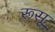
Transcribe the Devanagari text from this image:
रूसू